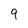
Character: 9